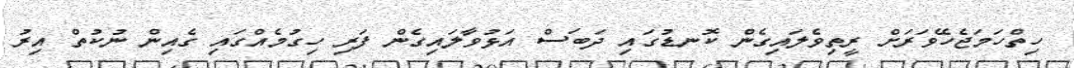
ހިތްހަމަޖެހޭވަރަށް ރީތިވެލައިގެން ކޮނޑުގައި ދަބަސް އަޅުވާލައިގެން ފަރި ހިގުމެއްގައި ގެއިން ނުކުތް އިރު